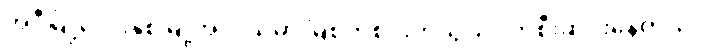
အဲဒီမြို့လေးနှစ်မြို့အလယ်မှာ မြစ်တစင်းကသွယ်ဝိုက်စီးဆင်းနေတယ်။